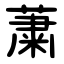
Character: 䔥